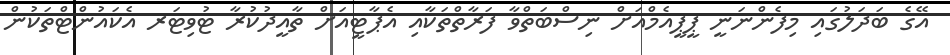
އޭގެ ބަދަލުގައި މިފެންނަނީ ޕީޕީއެމްއަށް ނިސްބަތްވާ ފަރާތްތަކާއި އެޕާޓީއަށް ތާއީދުކުރާ ޓުވިޓަރ އެކައުންޓްތަކުން